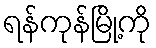
ရန်ကုန်မြို့ကို